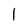
Character: l